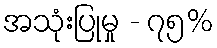
အသုံးပြုမှု - ၇၅%